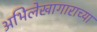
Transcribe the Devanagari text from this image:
अभिलेखागाराच्या